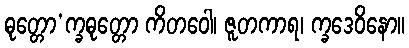
ဓုတ္တော’က္ခဓုတ္တော ကိတဝေါ၊ ဇူတကာရ၊ က္ခဒေဝိနော။